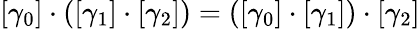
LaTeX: [\gamma_{0}]\cdot\left([\gamma_{1}]\cdot[\gamma_{2}]\right)=\left([\gamma_{0}]\cdot[\gamma_{1}]\right)\cdot[\gamma_{2}]